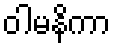
ဝါမနိကာ